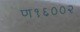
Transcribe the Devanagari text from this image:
ण१६००२